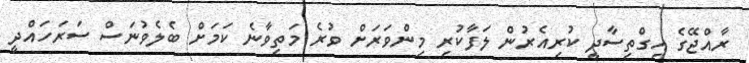
ރާއްޖޭގެ އިގްތިސާދީ ކުރިއެރުން ލަފާކުރި މިންވަރަށް ވުރެ މަތިވާނެ ކަމަށް ބެލެވުނަސް ސަރަހައްދީ